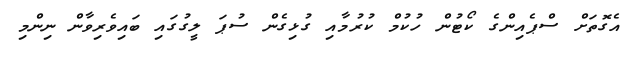
އެގޮތަށް ސްޕެއިންގެ ކޯޓުން ހުކުމް ކުރުމާއި ގުޅިގެން ސުޕަ ލީގުގައި ބައިވެރިވާން ނިންމި